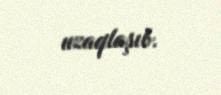
uzaqlaşıb.